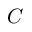
C